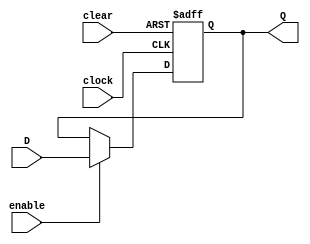
`timescale 1ns / 100ps // time-unit = 1 ns, precision = 100 ps

module DFF(
		input D, clock, clear, enable,
		output reg Q
    );
	 
	 always@(posedge clock, posedge clear)
		if(clear)
        begin
		    Q <= 0;
        end
		else if(enable)
            begin
			    Q <= D;
            end
endmodule